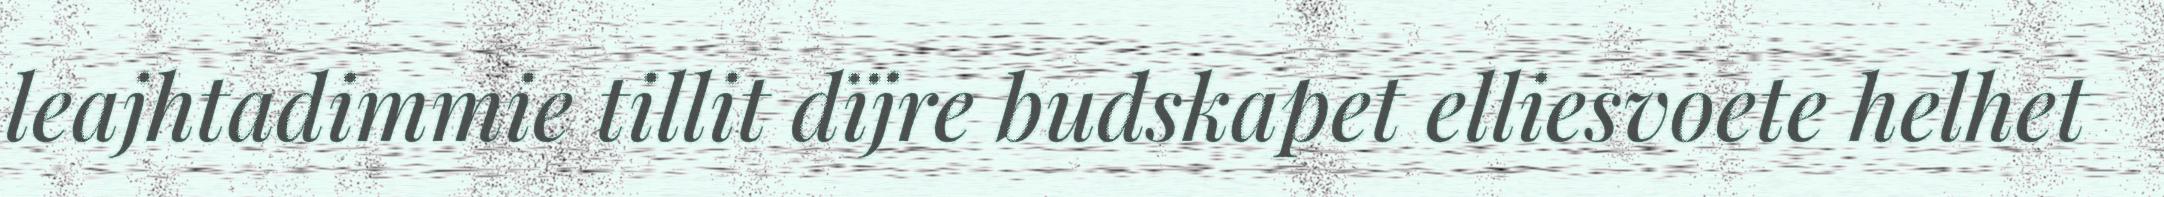
leajhtadimmie tillit dïjre budskapet elliesvoete helhet